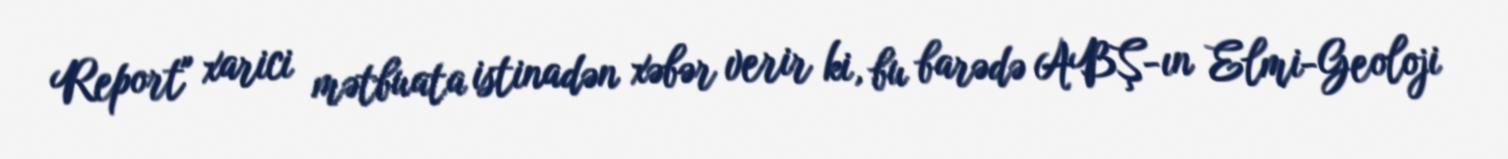
Report" xarici mətbuata istinadən xəbər verir ki, bu barədə ABŞ-ın Elmi-Geoloji